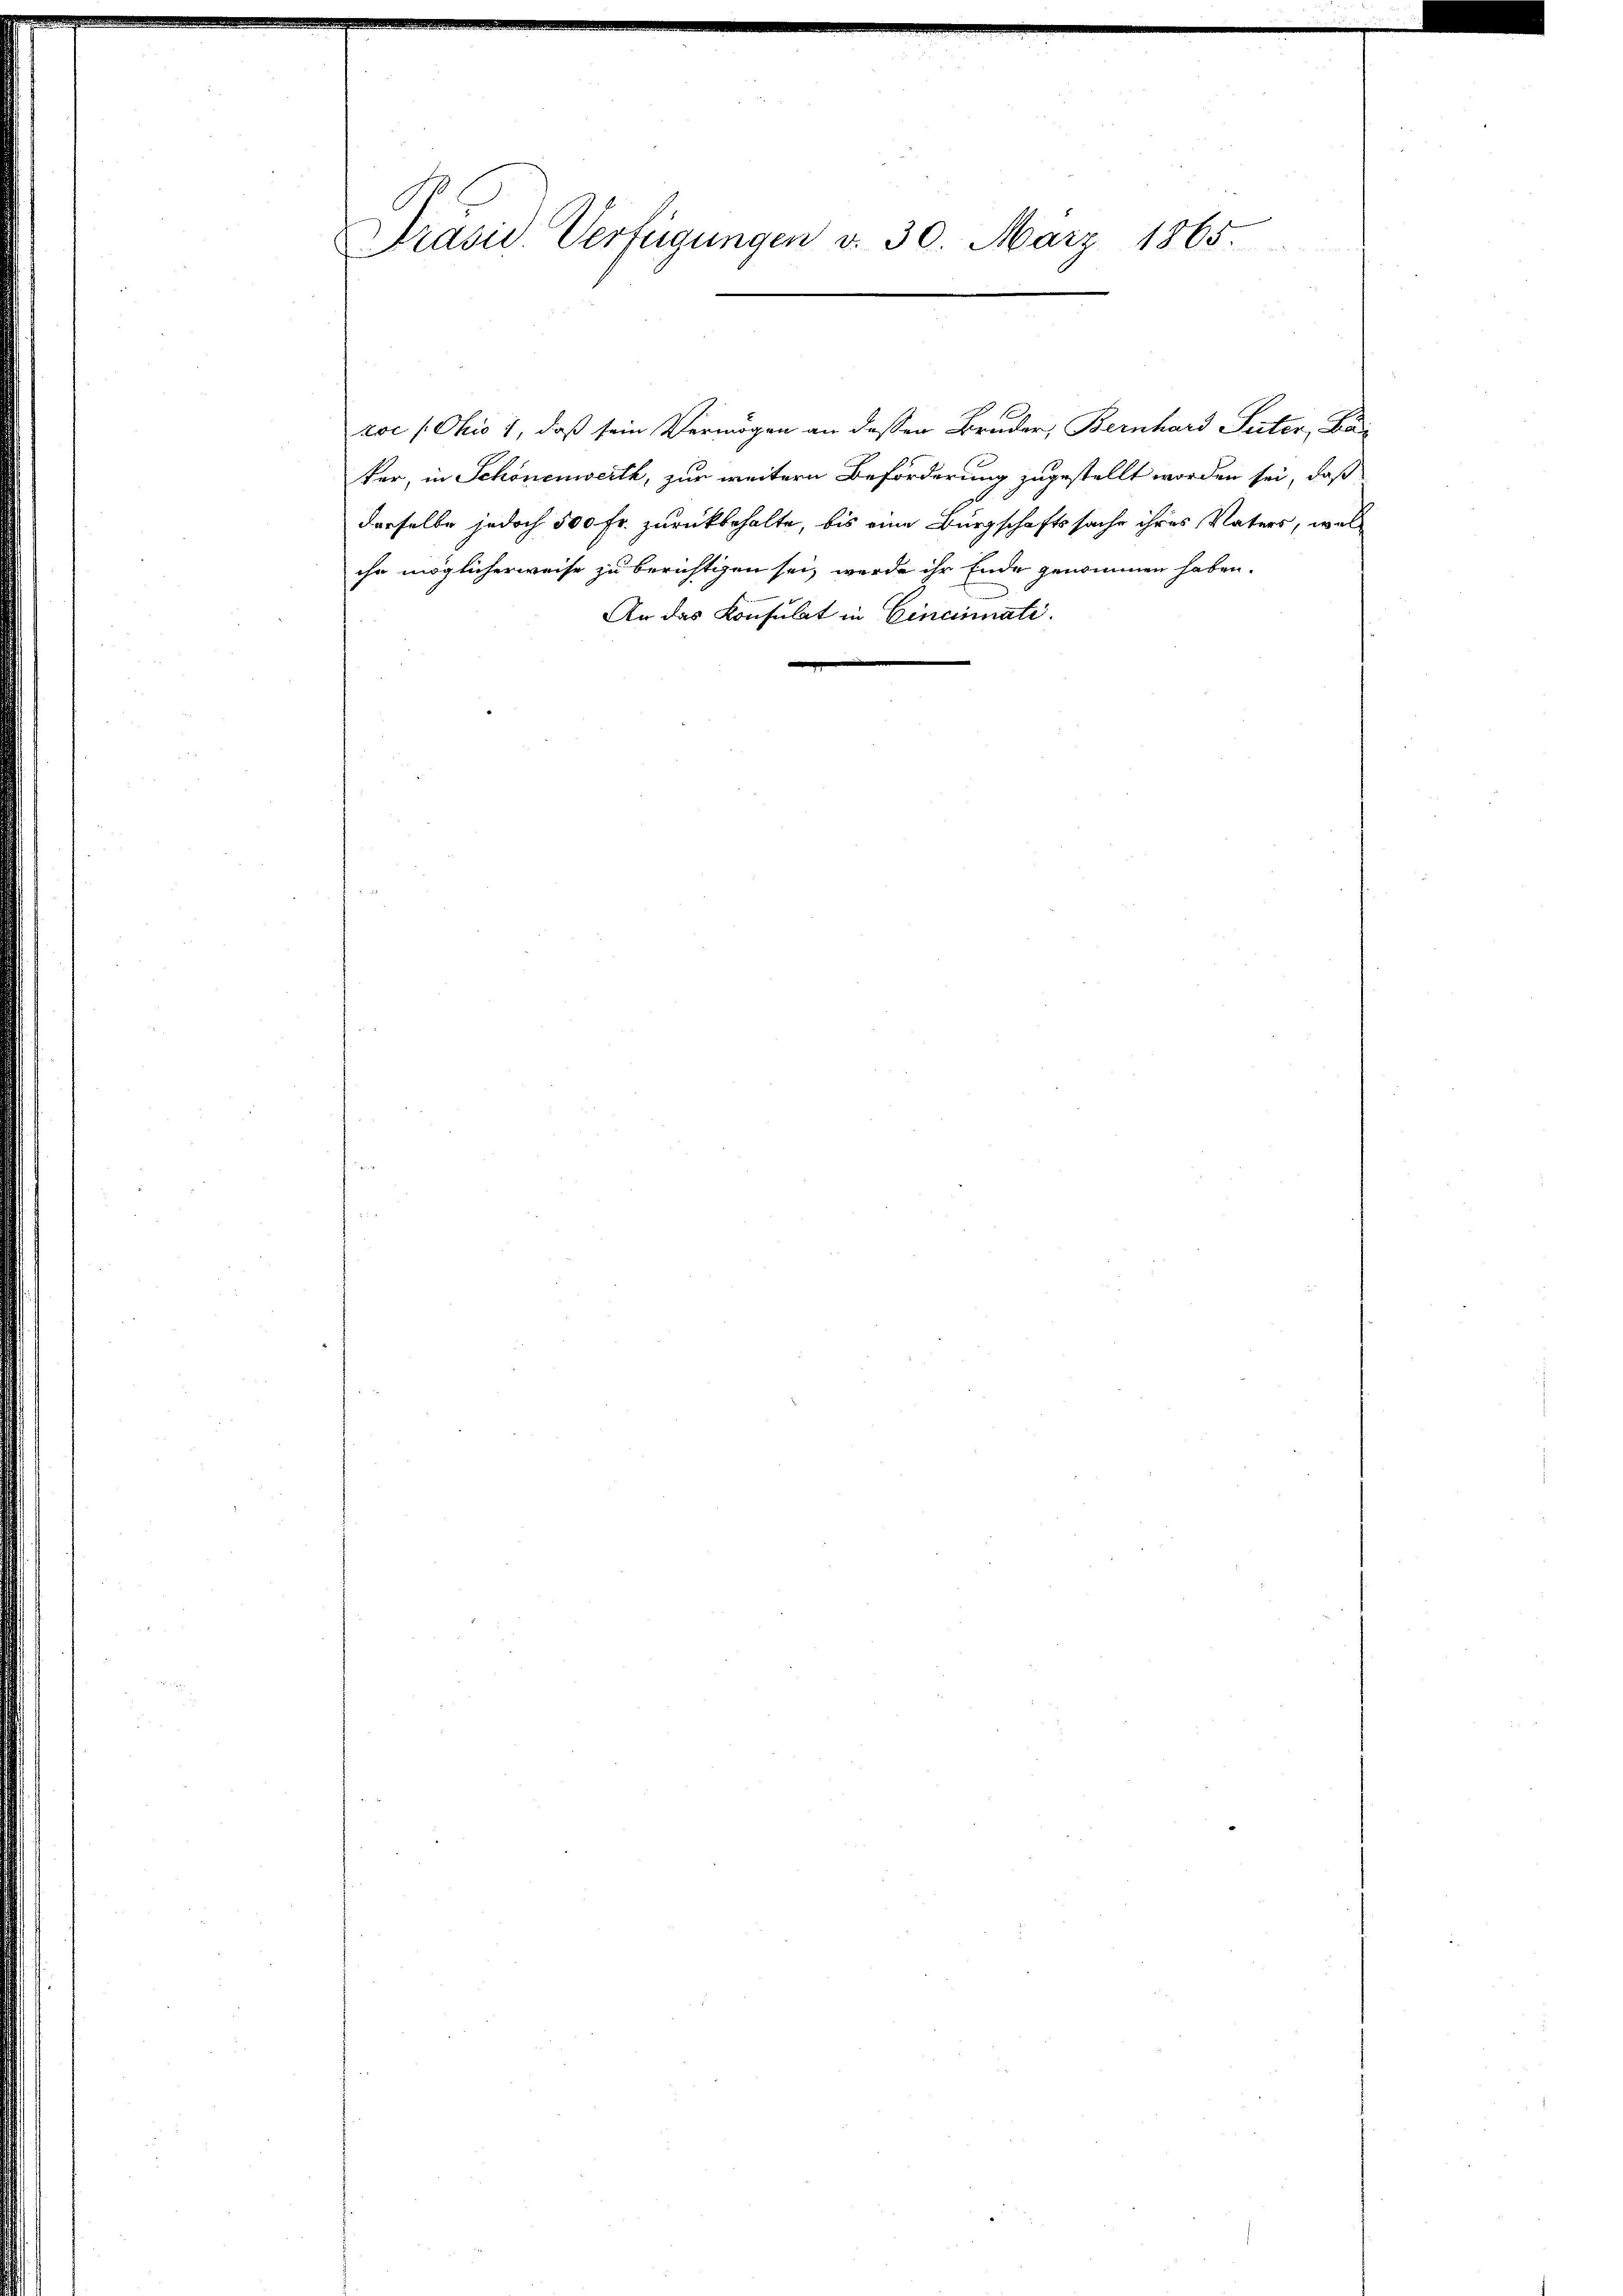
Präsid. Verfügungen v. 30. März 1865.

ihr möglicherweise zu berichtigen sei, werde ihr Ende genommen haben.
An das Konsulat in Cincinnati

zoc (Ohio 1, daß sein Vermögen an dessen Bruder, Bernhard Suter, Bai
ker, in Schönenwerth, zur weitern Beförderung zugestellt worden sei, daß
derselbe jedoch 500 Fr. zurückbehalte, bis eine Bürgschaftssache ihres Vaters, wel